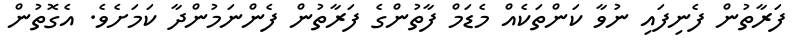
ފަރާތުން ފެނިފައި ނުވާ ކަންތަކެއް މެޑަމް ފާތުންގެ ފަރާތުން ފެންނަމުންދާ ކަމަށެވެ. އެގޮތުން